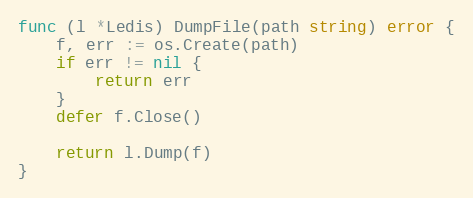
Language: Go
func (l *Ledis) DumpFile(path string) error {
	f, err := os.Create(path)
	if err != nil {
		return err
	}
	defer f.Close()

	return l.Dump(f)
}